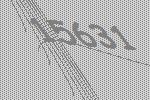
15631